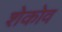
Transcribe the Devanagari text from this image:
शेकोव